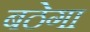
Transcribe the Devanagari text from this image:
बठेगा